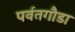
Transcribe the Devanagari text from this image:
पर्वतगौडा